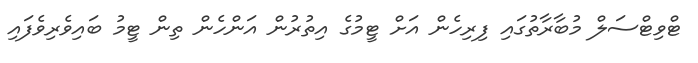
ޓްވިޓްސަލް މުބާރާތުގައި ފިރިހެން އަށް ޓީމުގެ އިތުރުން އަންހެން ތިން ޓީމު ބައިވެރިވެފައި